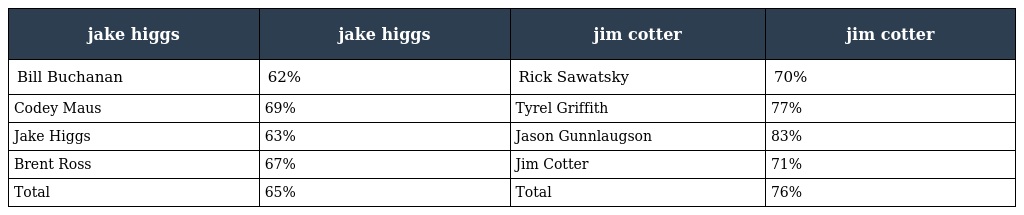
| jake higgs | jake higgs | jim cotter | jim cotter |
 | --- | --- | --- | --- |
 | Bill Buchanan | 62% | Rick Sawatsky | 70% |
 | Codey Maus | 69% | Tyrel Griffith | 77% |
 | Jake Higgs | 63% | Jason Gunnlaugson | 83% |
 | Brent Ross | 67% | Jim Cotter | 71% |
 | Total | 65% | Total | 76% |